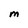
Character: M